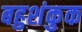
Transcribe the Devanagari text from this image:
बहुशंकुक